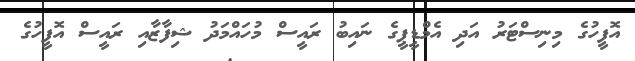
އޮފީހުގެ މިނިސްޓަރު އަދި އެމްޑީޕީގެ ނައިބު ރައީސް މުހައްމަދު ޝިފާޒާއި ރައީސް އޮފީހުގެ